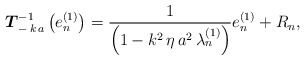
\begin{align*}\boldsymbol{T}_{- \, k \, a}^{-1}\left( e_{n}^{(1)} \right) = \frac{1}{\left(1 - k^{2} \, \eta \, a^{2} \, \lambda_{n}^{(1)} \right)} e_{n}^{(1)} + R_{n}, \end{align*}